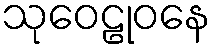
သုဝေဠုဝနေ